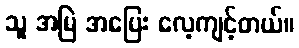
သူ အမြဲ အပြေး လေ့ကျင့်တယ်။